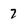
Character: 7